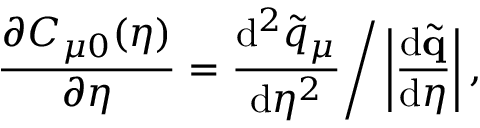
\frac { \partial C _ { \mu 0 } ( \eta ) } { \partial \eta } = \frac { \mathrm { d } ^ { 2 } \tilde { q } _ { \mu } } { \mathrm { d } \eta ^ { 2 } } \Bigg / \left| \frac { \mathrm { d } \tilde { \mathbf { q } } } { \mathrm { d } \eta } \right| ,